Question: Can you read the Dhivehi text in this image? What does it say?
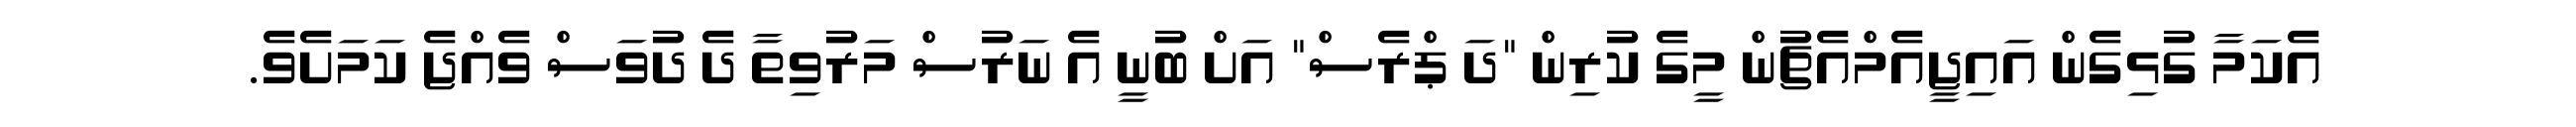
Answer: އެކަމާ ގުޅިގެން އައިޖީއެމްއެޗުން މީގެ ކުރިން "ދަ ޕްރެސް" އަށް ބުނީ އެ ނަރުސް މަރުވިތާ ދެ ދުވަސް ވެއްޖެ ކަމަށެވެ.